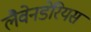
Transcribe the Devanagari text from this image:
लैवेनडेरियस